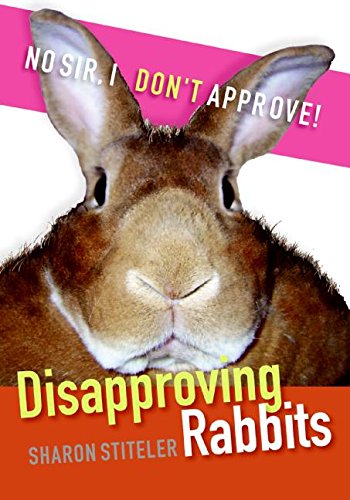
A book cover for Disapproving Rabbits; Sharon Stiteler; Crafts, Hobbies & Home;